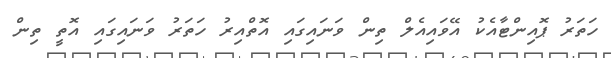
ހަތަރު ޕޮއިންޓާއެކު އޭވައިއެލް ތިން ވަނައިގައި އޮތްއިރު ހަތަރު ވަނައިގައި އޮތީ ތިން